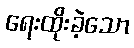
ရေးထိုးခဲ့သော